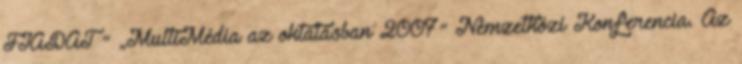
FIADAT ” „MultiMédia az oktatásban 2007” Nemzetközi Konferencia. Az